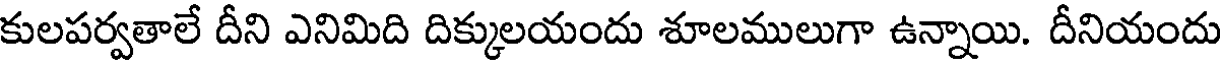
కులపర్వతాలే దీని ఎనిమిది దిక్కులయందు శూలములుగా ఉన్నాయి. దీనియందు